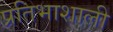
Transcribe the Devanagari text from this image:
प्रतिभाशाली